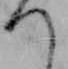
つ